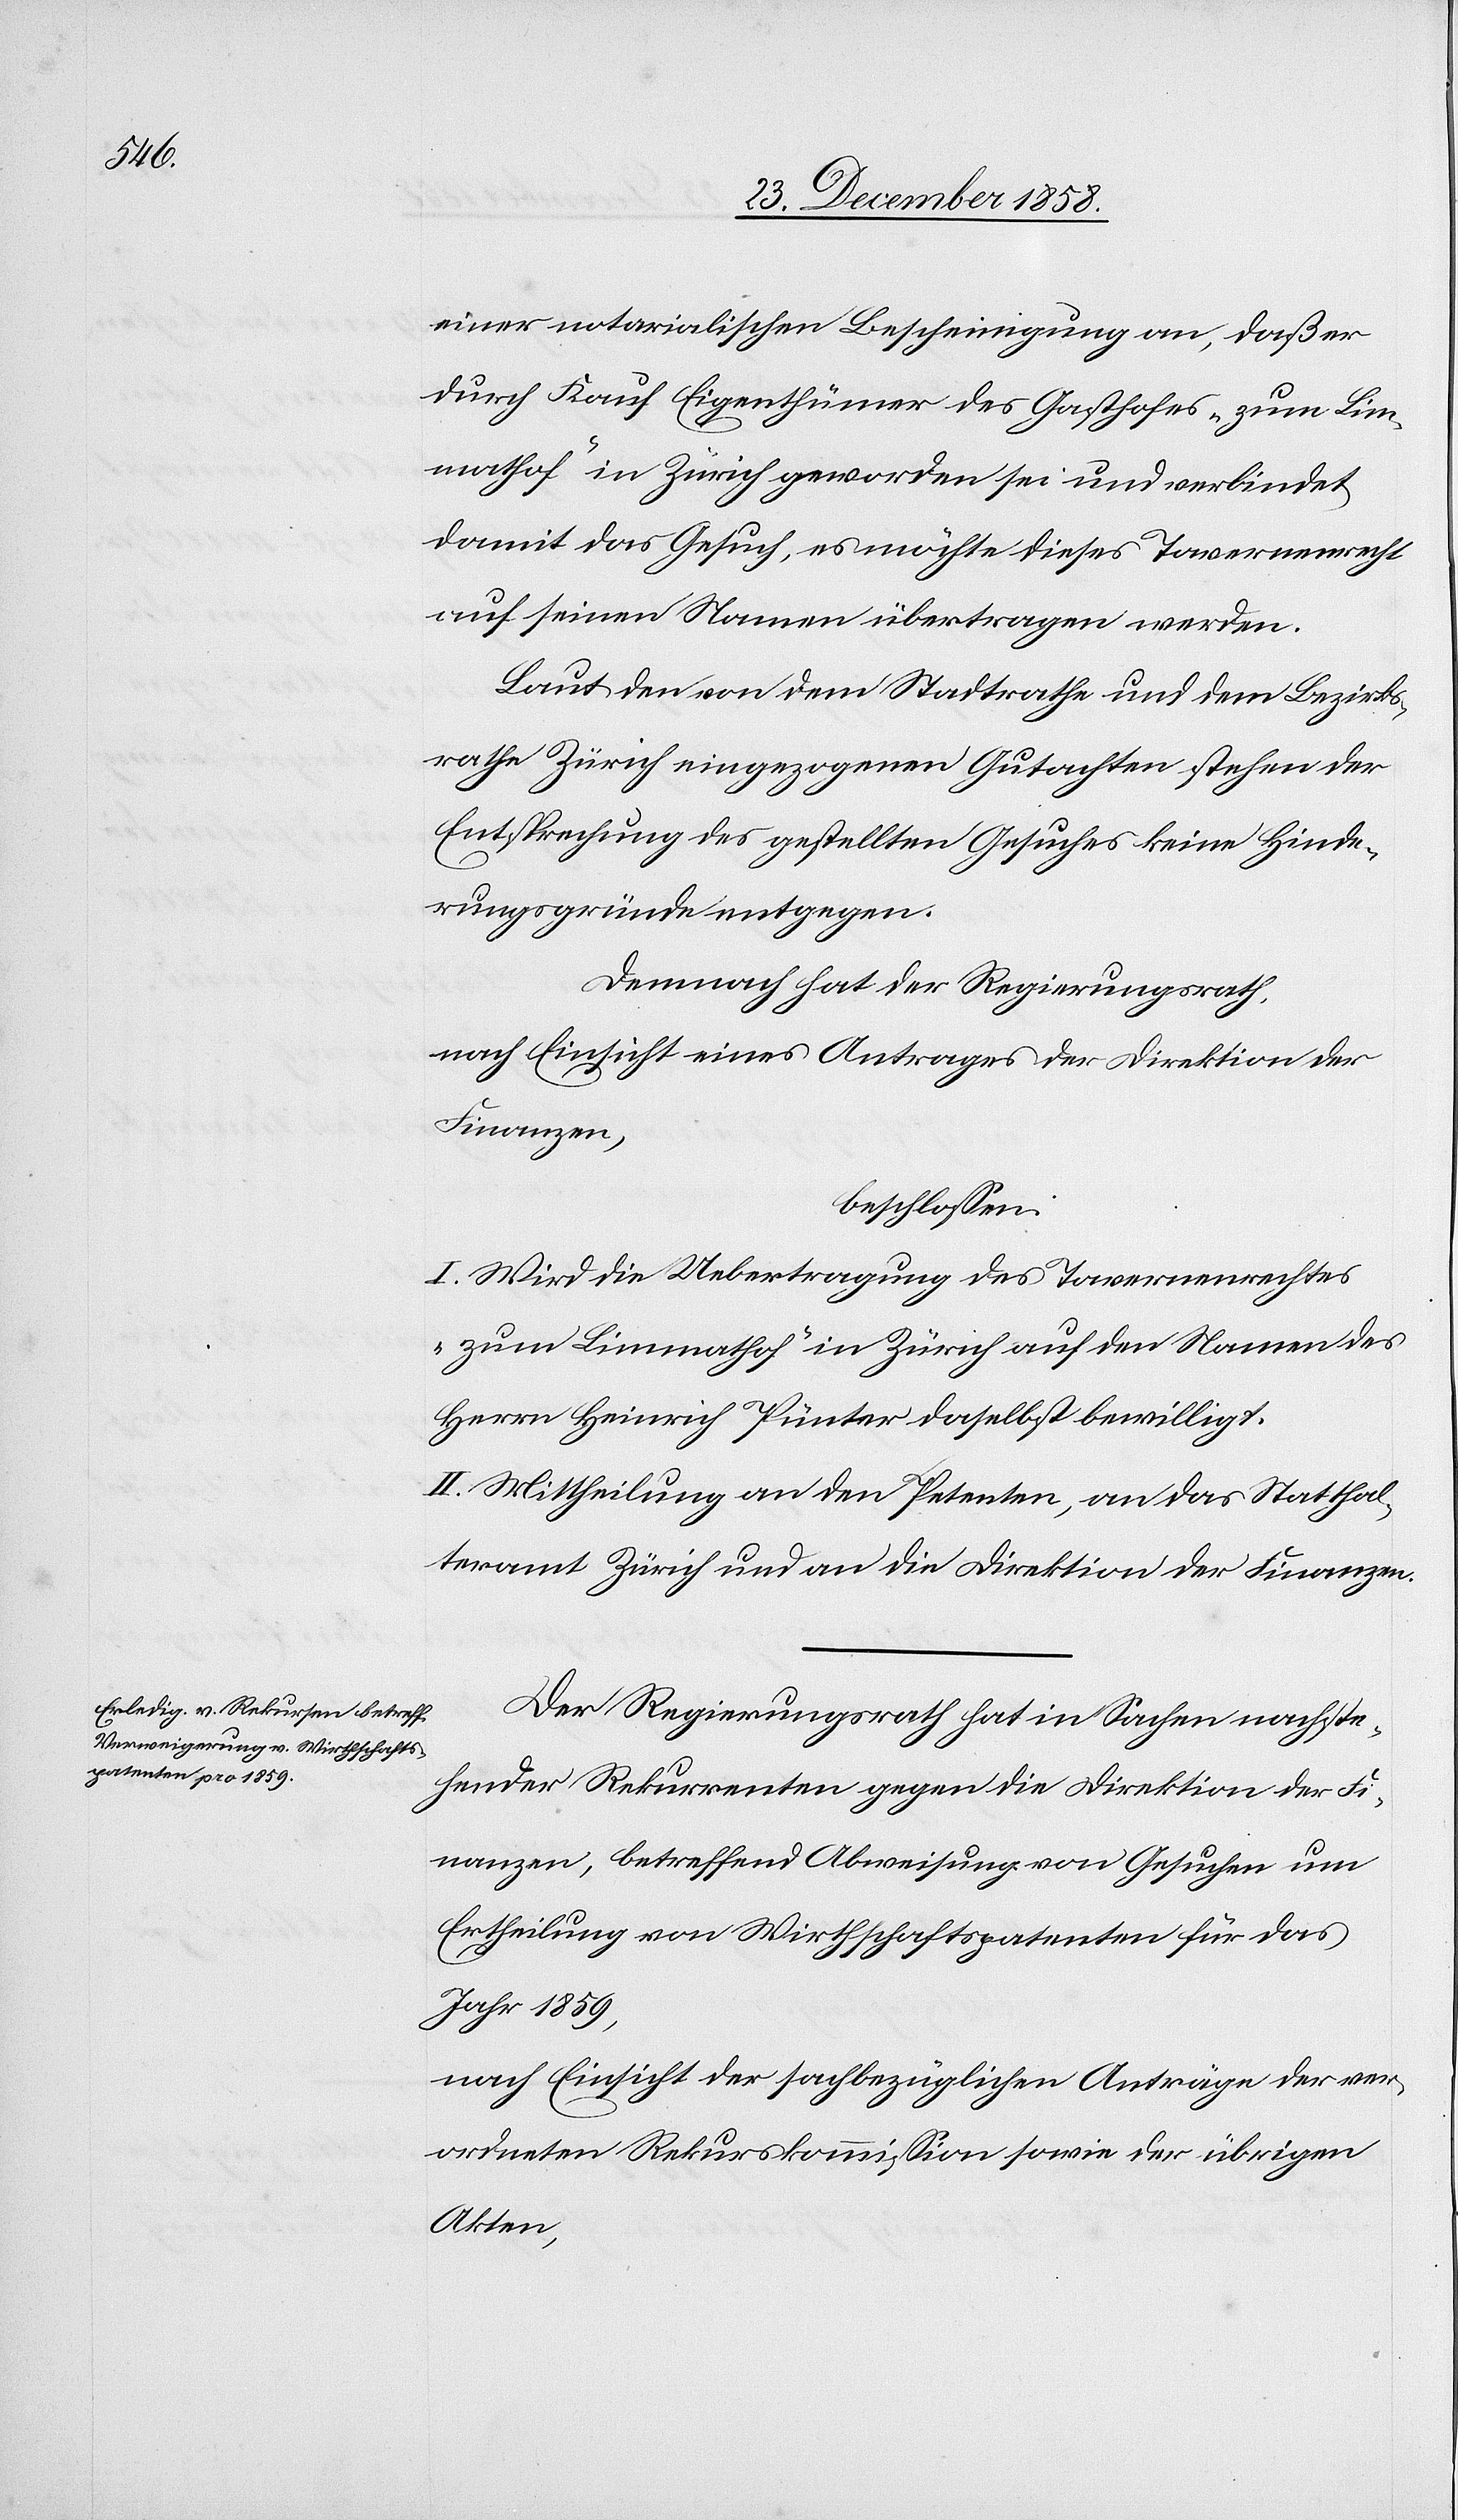
einer notarialischen Bescheinigung an, daß er
durch Kauf Eigenthümer des Gasthofes „zum Lim¬
mathof“ in Zürich geworden sei und verbindet
damit das Gesuch, es möchte dieses Tavernenrecht
auf seinen Namen übertragen werden.
Laut den von dem Stadtrathe und dem Bezirks¬
rathe Zürich eingezogenen Gutachten stehen der
Entsprechung des gestellten Gesuches keine Hinde¬
rungsgründe entgegen.
Demnach hat der Regierungsrath,
nach Einsicht eines Antrages der Direktion der
Finanzen,
beschlossen:
I. Wird die Uebertragung des Tavernenrechtes
„zum Limmathof“ in Zürich auf den Namen des
Herrn Heinrich Pünter daselbst bewilligt.
II. Mittheilung an den Petenten, an das Statthal¬
teramt Zürich und an die Direktion der Finanzen.
Der Regierungsrath hat in Sachen nachste¬
hender Rekurrenten gegen die Direktion der Fi¬
nanzen, betreffend Abweisung von Gesuchen um
Ertheilung von Wirthschaftspatenten für das
Jahr 1859,
nach Einsicht der sachbezüglichen Anträge der ver¬
ordneten Rekurskommission sowie der übrigen
Akten,